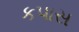
કપાસ